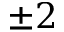
\pm 2